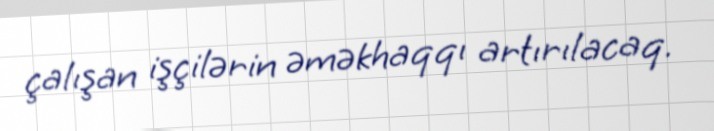
çalışan işçilərin əməkhaqqı artırılacaq.